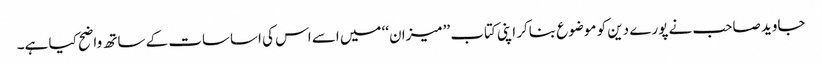
جاوید صاحب نے پورے دین کو موضوع بناکر اپنی کتاب ’’میزان‘‘ میں اسے اس کی اساسات کے ساتھ واضح کیا ہے۔